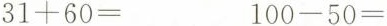
$$31+60=$$ $$100-50=$$